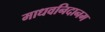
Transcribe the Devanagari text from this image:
माधवनिदानम